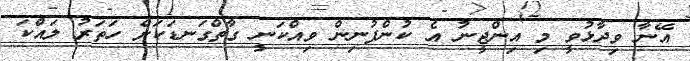
އޭނާ ވިދާޅުވީ މި އިންޖީނު އެ ކުންފުނިން ވިއްކަނީ ގާތްގަނޑަކަށް ހަތަރު ލައްކަ